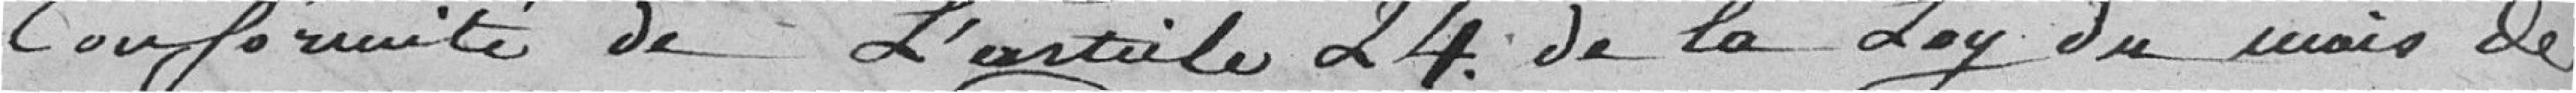
conformité de l'article 24 de la loy du mois de